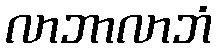
လာဘာလာဘံ